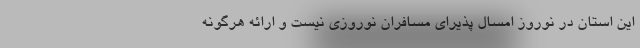
این استان در نوروز امسال پذیرای مسافران نوروزی نیست و ارائه هرگونه